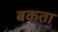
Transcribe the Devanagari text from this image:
बकता